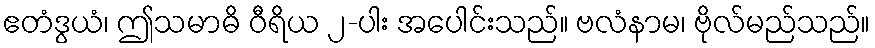
ဧတံဒွယံ၊ ဤသမာဓိ ဝီရိယ ၂-ပါး အပေါင်းသည်။ ဗလံနာမ၊ ဗိုလ်မည်သည်။